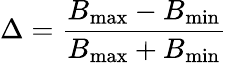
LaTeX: \Delta=\frac{B_{\mathrm{max}}-B_{\mathrm{min}}}{B_{\mathrm{max}}+B_{\mathrm{min}}}